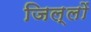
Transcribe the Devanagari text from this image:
जिल्लों